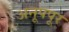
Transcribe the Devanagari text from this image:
अनूपपूर